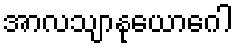
အာလသျာနုယောဂေါ